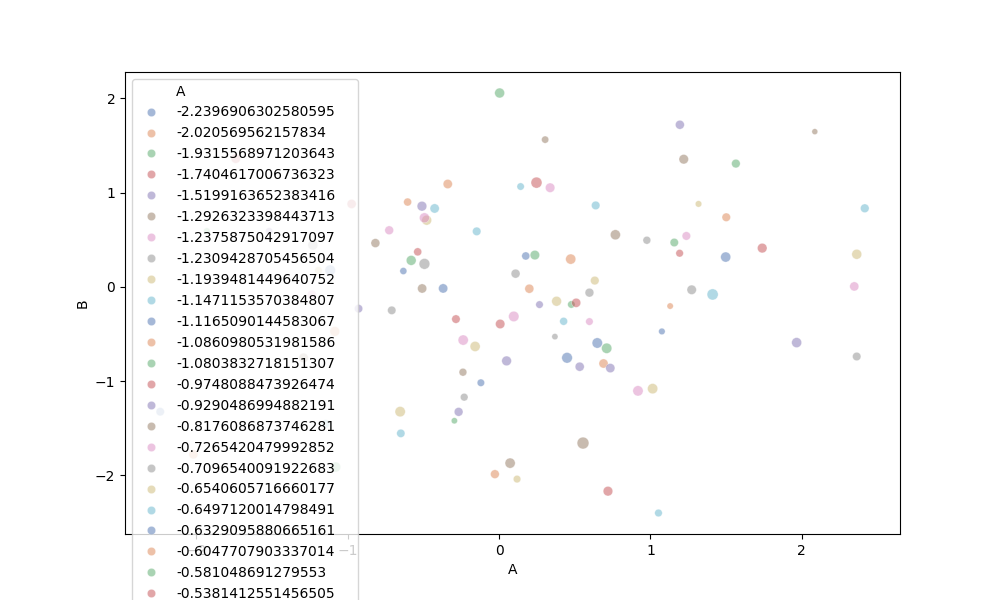
python, seaborn, scatterplot, hue='A', style='None', size='C', palette='deep', alpha=0.5